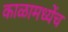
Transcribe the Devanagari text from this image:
काळामध्येंच